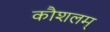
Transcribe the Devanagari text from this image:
कौशलम्